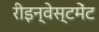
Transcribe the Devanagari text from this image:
रीइन्वेस्टमेंट